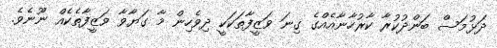
ދަޅުމަސް ބަންދުކުރާ ކާރުހާނާއެއްގެ ގިނަ ވަޒީފާތަކަކީ ދިވެހިން މާ ގަޔާވާ ވަޒީފާތެކެއް ނޫނެވެ.